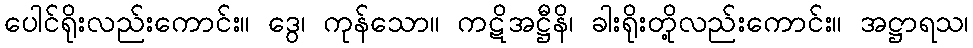
ပေါင်ရိုးလည်းကောင်း။ ဒွေ၊ ကုန်သော။ ကဋိအဋ္ဌီနိ၊ ခါးရိုးတို့လည်းကောင်း။ အဋ္ဌာရသ၊